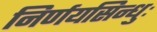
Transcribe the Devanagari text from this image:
निर्णयसिन्धुः